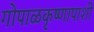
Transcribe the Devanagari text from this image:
गोपाळकृष्णापाशी